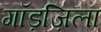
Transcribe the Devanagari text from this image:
गॉड़ज़िला